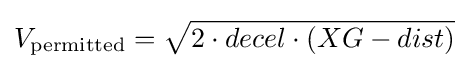
V_{\rm {permitted}}={\sqrt {2\cdot decel\cdot (XG-dist)}}